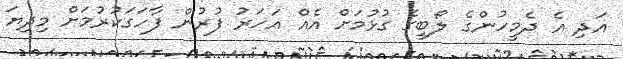
އަދި އެ ދެމީހުންގެ ލޯބީގެ ގުޅުމަށް އެއް އަހަރު ފުރުން ފާހަގަކުރުމަށް މިދިޔަ